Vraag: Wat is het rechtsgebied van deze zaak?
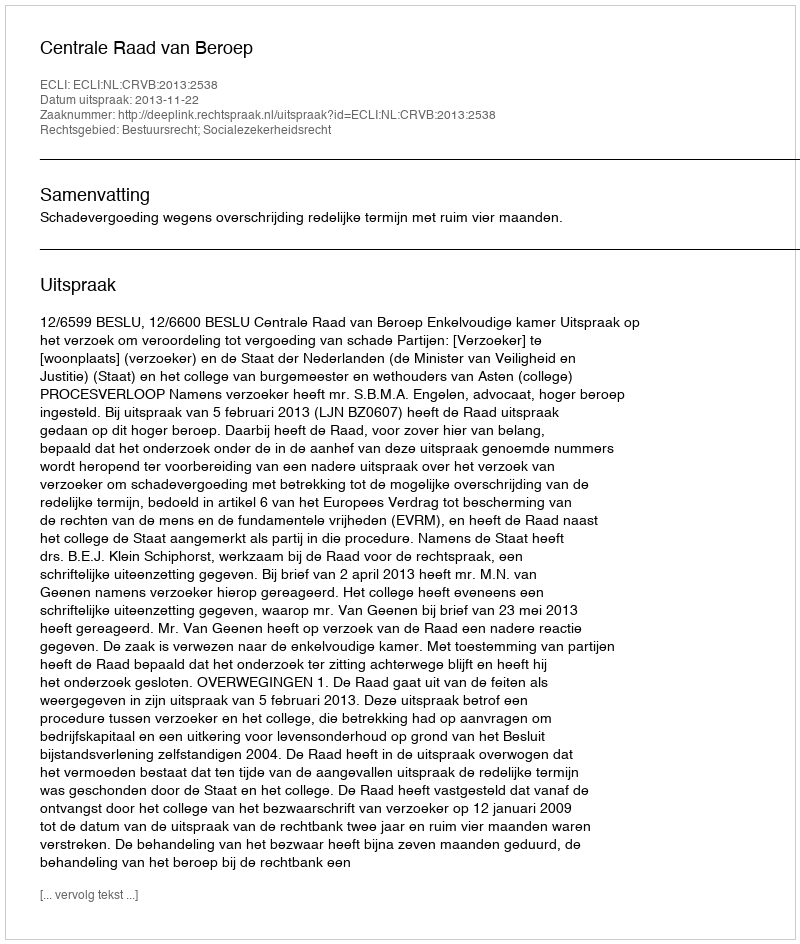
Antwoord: Bestuursrecht; Socialezekerheidsrecht